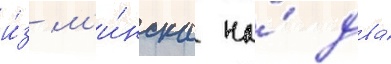
и́з м'и́нска на́ два́